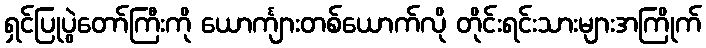
ရှင်ပြုပွဲတော်ကြီးကို ယောင်္ကျားတစ်ယောက်လို တိုင်းရင်းသားများအကြိုက်